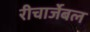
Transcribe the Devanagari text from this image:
रीचार्जेबल